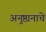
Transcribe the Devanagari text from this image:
अनुष्ठानाचे